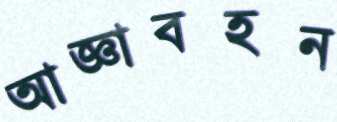
আজ্ঞাবহন